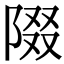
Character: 𨺝